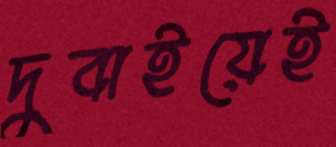
দুবাইয়েই